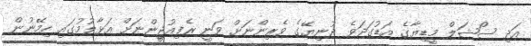
އަދި ސޯޝަލް މީޑިޔާގެ އަޑުގަދަވެ ދުނިޔޭގެ ވެރިންނަށް ވަނީ ރެފިއުޖީންނަށް އަޅާލުމުގައި ހިމޭނުން